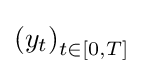
\left(y_{t}\right)_{t\in [0,T]}